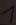
Text: 1